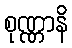
စုဏ္ဏာနိ